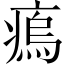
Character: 𤸼